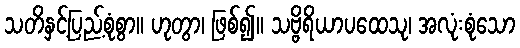
သတိနှင့်ပြည့်စုံစွာ။ ဟုတွာ၊ ဖြစ်၍။ သဗ္ဗိရိယာပထေသု၊ အလုံးစုံသော